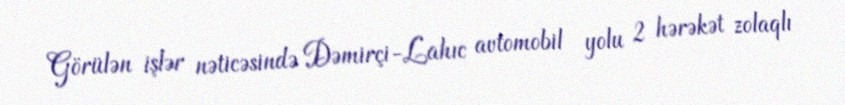
Görülən işlər nəticəsində Dəmirçi-Lahıc avtomobil yolu 2 hərəkət zolaqlı